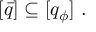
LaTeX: [ \bar { q } ] \subseteq [ q _ { \phi } ] \ .